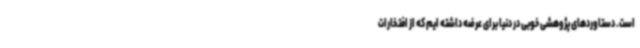
است. دستاوردهای پژوهشی خوبی در دنیا برای عرضه داشته ایم که از افتخارات